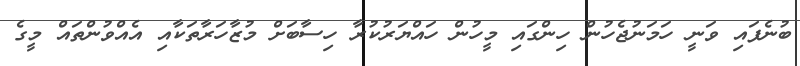
ބުނެފައި ވަނީ ހަމަނުޖެހުން ހިންގައި މީހުން ހައްޔަރުކުރާ ހިސާބަށް މުޒާހަރާތަކާއި އެއްވުންތައް މީގެ